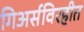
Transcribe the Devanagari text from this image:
गिअर्सविरहीत